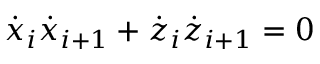
{ \dot { x } } _ { i } { \dot { x } } _ { i + 1 } + { \dot { z } } _ { i } { \dot { z } } _ { i + 1 } = 0